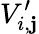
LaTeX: V_{i,\mathbf{j}}^{\prime}